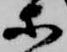
等